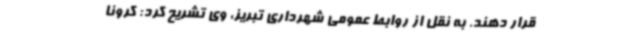
قرار دهند. به نقل از روابط عمومی شهرداری تبریز، وی تشریح کرد: کرونا